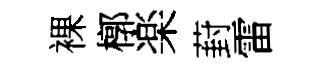
裸槨楽葑雷